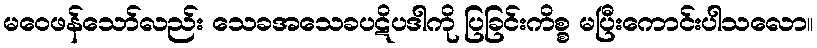
မဝေဖန်သော်လည်း သေခအသေခပဋိပဒါကို ပြခြင်းကိစ္စ မပြီးကောင်းပါသလော။